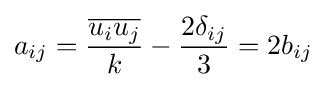
a_{ij}={\frac {\overline {u_{i}u_{j}}}{k}}-{\frac {2\delta _{ij}}{3}}=2b_{ij}